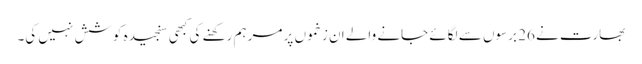
بھارت نے 26 برسوں سے لگائے جانے والے ان زخموں پر مرہم رکھنے کی کبھی سنجیدہ کوشش نہیں کی۔